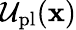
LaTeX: \mathcal{U}_{\mathrm{pl}}(\mathbf{x})